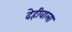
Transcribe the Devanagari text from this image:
देहीवाला